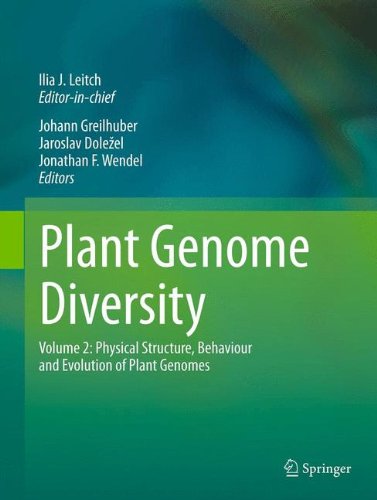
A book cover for Plant Genome Diversity Volume 2: Physical Structure, Behaviour and Evolution of Plant Genomes; Computers & Technology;